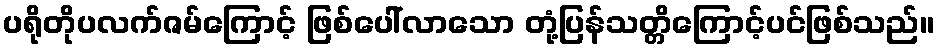
ပရိုတိုပလက်ဇမ်ကြောင့် ဖြစ်ပေါ်လာသော တုံ့ပြန်သတ္တိကြောင့်ပင်ဖြစ်သည်။